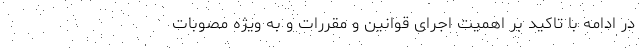
در ادامه با تاکید بر اهمیت اجرای قوانین و مقررات و به ویژه مصوبات